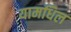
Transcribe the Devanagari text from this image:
यामधिल